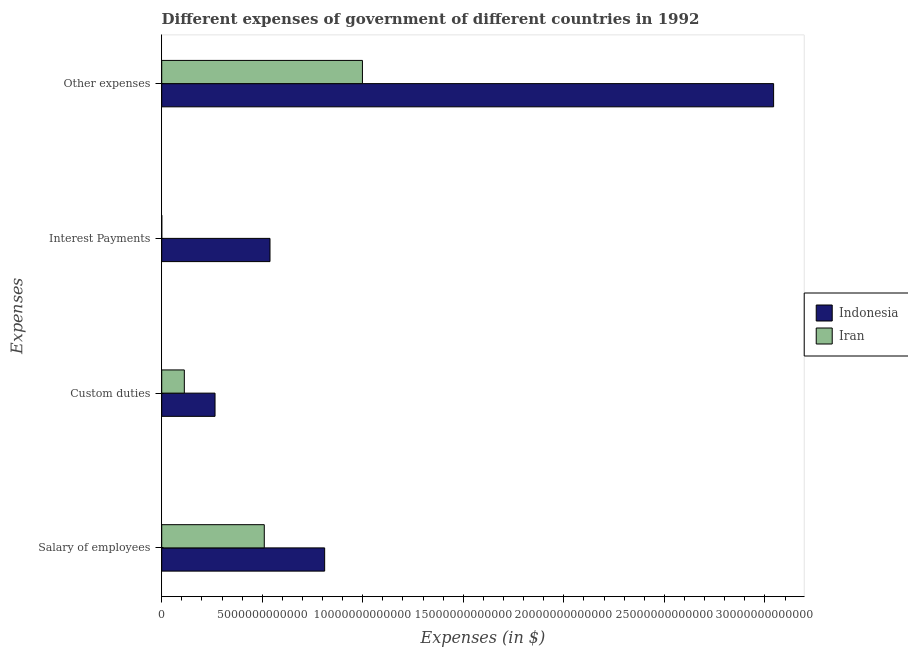
| Expenses | Indonesia | Iran |
 | --- | --- | --- |
 | Salary of employees | 8.1e+12 | 5.1e+12 |
 | Custom duties | 2.65e+12 | 1.12e+12 |
 | Interest Payments | 5.39e+12 | 3e+09 |
 | Other expenses | 3.04e+13 | 9.98e+12 |